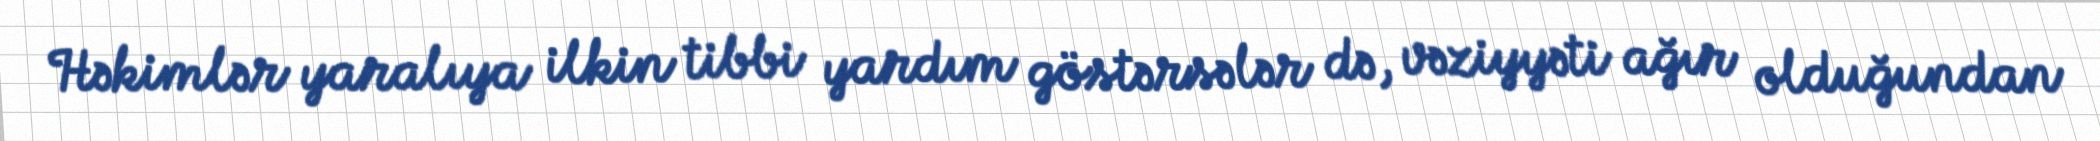
Həkimlər yaralıya ilkin tibbi yardım göstərsələr də, vəziyyəti ağır olduğundan